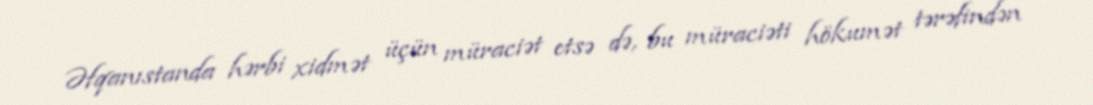
Əfqanıstanda hərbi xidmət üçün müraciət etsə də, bu müraciəti hökumət tərəfindən